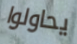
يحاولوا